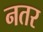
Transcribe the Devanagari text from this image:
नतर